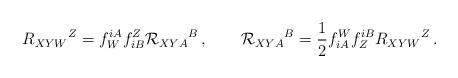
LaTeX: \begin{align*}R_{XYW}{}^Z = f_W^{iA}f^Z_{iB}{\cal R}_{XYA} {}^B\,,\qquad {\cal R}_{XYA} {}^B = \frac 12 f^W_{iA}f_Z^{iB} R_{XYW}{}^Z\,. \end{align*}